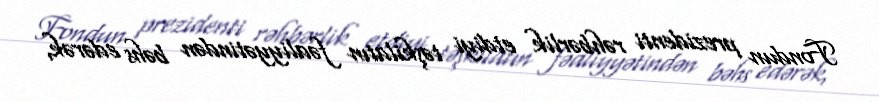
Fondun prezidenti rəhbərlik etdiyi təşkilatın fəaliyyətindən bəhs edərək,